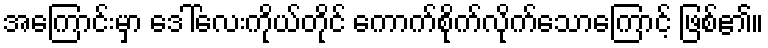
အကြောင်းမှာ ဒေါ်လေးကိုယ်တိုင် ကောက်စိုက်လိုက်သောကြောင့် ဖြစ်၏။